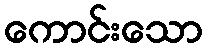
ကောင်းသော